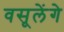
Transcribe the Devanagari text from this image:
वसूलेंगे